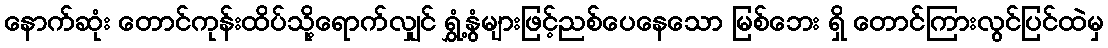
နောက်ဆုံး တောင်ကုန်းထိပ်သို့ရောက်လျှင် ရွှံ့နွံများဖြင့်ညစ်ပေနေသော မြစ်ဘေး ရှိ တောင်ကြားလွင်ပြင်ထဲမှ